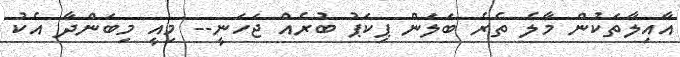
އާއިލާތަކުން މާލެ ތެރެ ބަލަން ޕިކަޕު ބުރެއް ޖަހަނީ-- މިއީ މިބަންދާ އެކު